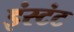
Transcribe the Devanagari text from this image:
इंस्टंट